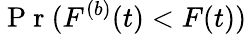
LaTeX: \mathrm{~P~r~}(F^{(b)}(t)<F(t))